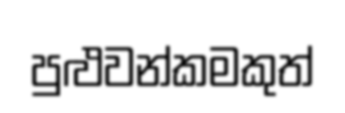
පුළුවන්කමකුත්